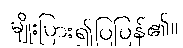
မျိုးပြား၍ပြပြန်၏။